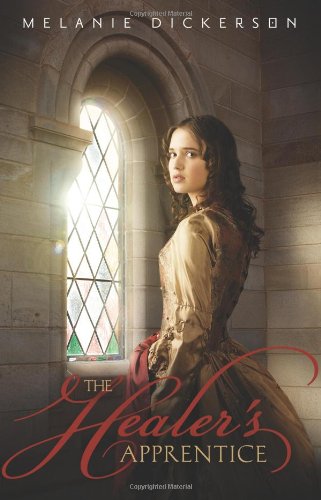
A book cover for The Healers Apprentice; Melanie Dickerson; Teen & Young Adult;